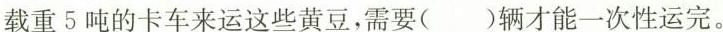
载重5吨的卡车来运这些黄豆，需要( )辆才能一次性运完。